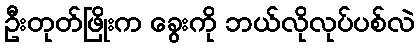
ဦးတုတ်ဖြိုးက ခွေးကို ဘယ်လိုလုပ်ပစ်လဲ